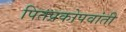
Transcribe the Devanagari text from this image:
पितप्रकोपवांती